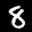
Label: 8